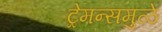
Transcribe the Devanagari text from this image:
ट्रेमन्समुळे